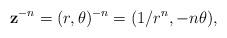
LaTeX: \begin{align*} \mathbf{z}^{-n}=(r,\theta )^{-n}=(1/r^n, -n\theta ), \end{align*}